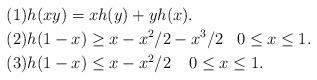
LaTeX: \begin{align*} (1) & h(xy) = xh(y) + yh(x). \\(2) & h(1-x) \geq x - x^2/2 - x^3/2 \;\;\; 0 \leq x \leq 1. \\(3) & h(1-x) \leq x - x^2/2 \;\;\;\; 0 \leq x \leq 1. \end{align*}